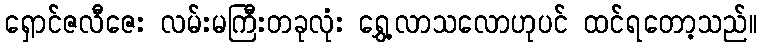
ရှောင်ဇလီဇေး လမ်းမကြီးတခုလုံး ရွှေ့လာသလောဟုပင် ထင်ရတော့သည်။